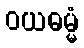
ဝယဓမ္မံ